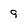
Character: 9